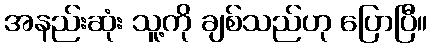
အနည်းဆုံး သူ့ကို ချစ်သည်ဟု ပြောပြီ။